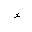
Letter: _hamza